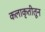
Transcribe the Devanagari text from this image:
कलाकृतीतून